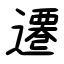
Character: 遷